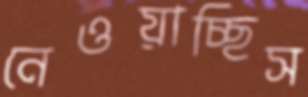
নেওয়াচ্ছিস